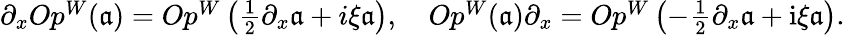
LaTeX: \begin{array}{r}{\partial_{x}Op^{W}(\mathfrak{a})=Op^{W}\left(\frac{1}{2}\partial_{x}\mathfrak{a}+i\xi\mathfrak{a}\right),\quad Op^{W}(\mathfrak{a})\partial_{x}=Op^{W}\left(-\frac{1}{2}\partial_{x}\mathfrak{a}+\mathrm{i}\xi\mathfrak{a}\right).}\end{array}